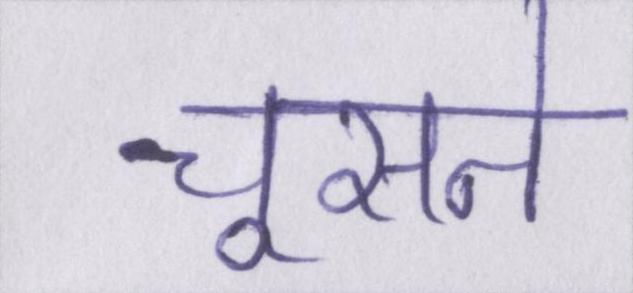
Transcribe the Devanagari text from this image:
चूसने